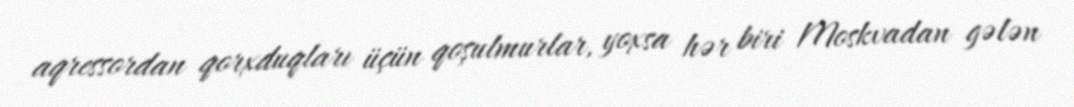
aqressordan qorxduqları üçün qoşulmurlar, yoxsa hər biri Moskvadan gələn